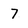
Character: 7